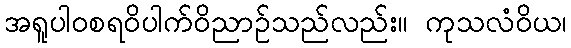
အရူပါဝစရဝိပါက်ဝိညာဉ်သည်လည်း။ ကုသလံဝိယ၊